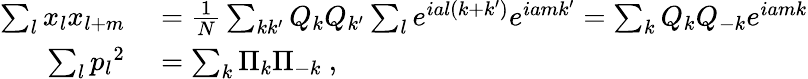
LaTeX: \begin{array}{rl}{\sum_{l}x_{l}x_{l+m}}&{{}={\frac{1}{N}}\sum_{kk^{\prime}}Q_{k}Q_{k^{\prime}}\sum_{l}e^{ial\left(k+k^{\prime}\right)}e^{iamk^{\prime}}=\sum_{k}Q_{k}Q_{-k}e^{iamk}}\\ {\sum_{l}{p_{l}}^{2}}&{{}=\sum_{k}\Pi_{k}\Pi_{-k}~,}\end{array}